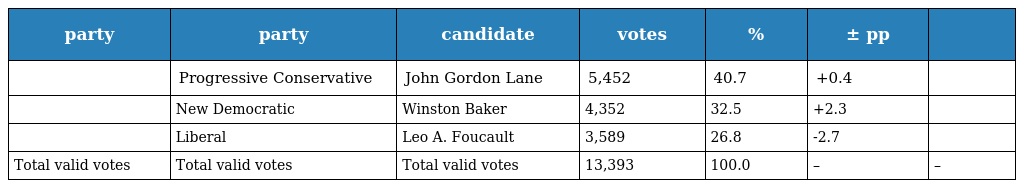
| party | party | candidate | votes | % | ± pp |  |
 | --- | --- | --- | --- | --- | --- | --- |
 |  | Progressive Conservative | John Gordon Lane | 5,452 | 40.7 | +0.4 |  |
 |  | New Democratic | Winston Baker | 4,352 | 32.5 | +2.3 |  |
 |  | Liberal | Leo A. Foucault | 3,589 | 26.8 | -2.7 |  |
 | Total valid votes | Total valid votes | Total valid votes | 13,393 | 100.0 | – | – |